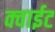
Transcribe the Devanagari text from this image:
क्वाईट